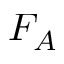
F _ { A }